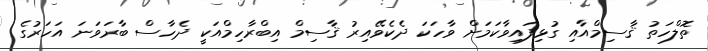
ތޮލްހަތު ޤާސިމްއާއި ގުޅިފައިވާކަމަށް ވާހަކަ ދެކެވޭއިރު ޤާސިމް އިބްރާހިމްއަކީ ދެހާސް ބާރަވަނަ އަހަރުގެ